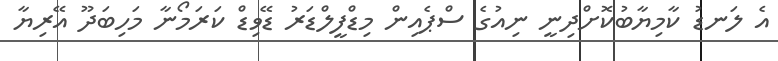
އެ ލަނޑު ކާމިޔާބުކޮށްދިނީ ނިއުގެ ސްޕެއިން މިޑްފީލްޑަރު ޑޭވިޑް ކަރަމޯނާ މަހިބަދޫ އޭރިޔާ